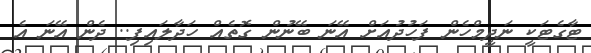
ޓާގެޓަކީ ނަދީމްހެން ފަހުދުއަށް އޭނަ ބޭނުން ގޮތެއް ހަދާލައިފި.. ދެން އޭނަ އެ